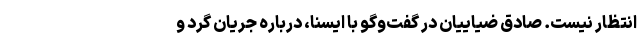
انتظار نیست. صادق ضیاییان در گفت‌وگو با ایسنا، درباره جریان گرد و